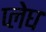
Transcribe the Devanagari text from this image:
प्लेघ